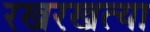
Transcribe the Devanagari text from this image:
रखरखत्या